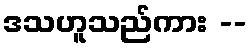
ဒသဟူသည်ကား --